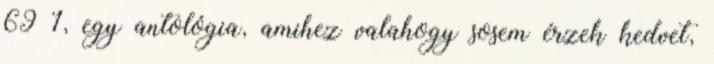
69 1, egy antológia, amihez valahogy sosem érzek kedvet,